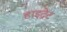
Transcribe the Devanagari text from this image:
हाइद्रेट